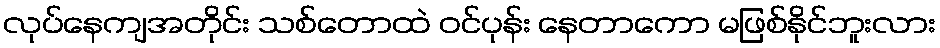
လုပ်နေကျအတိုင်း သစ်တောထဲ ဝင်ပုန်း နေတာကော မဖြစ်နိုင်ဘူးလား